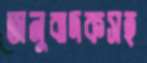
অনুবাদকসহ